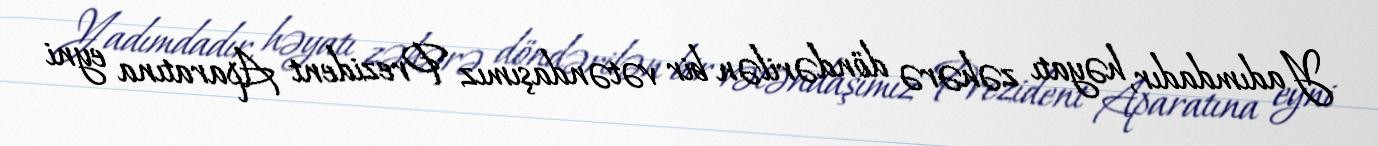
Yadımdadır, həyatı zəhərə döndərilən bir vətəndaşımız Prezident Aparatına eyni